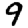
Digit: 9